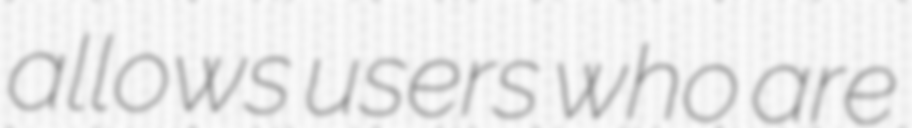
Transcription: allows users who are